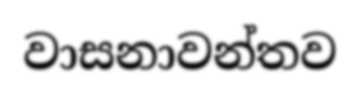
වාසනාවන්තව